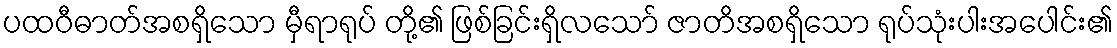
ပထဝီဓာတ်အစရှိသော မှီရာရုပ် တို့၏ ဖြစ်ခြင်းရှိလသော် ဇာတိအစရှိသော ရုပ်သုံးပါးအပေါင်း၏